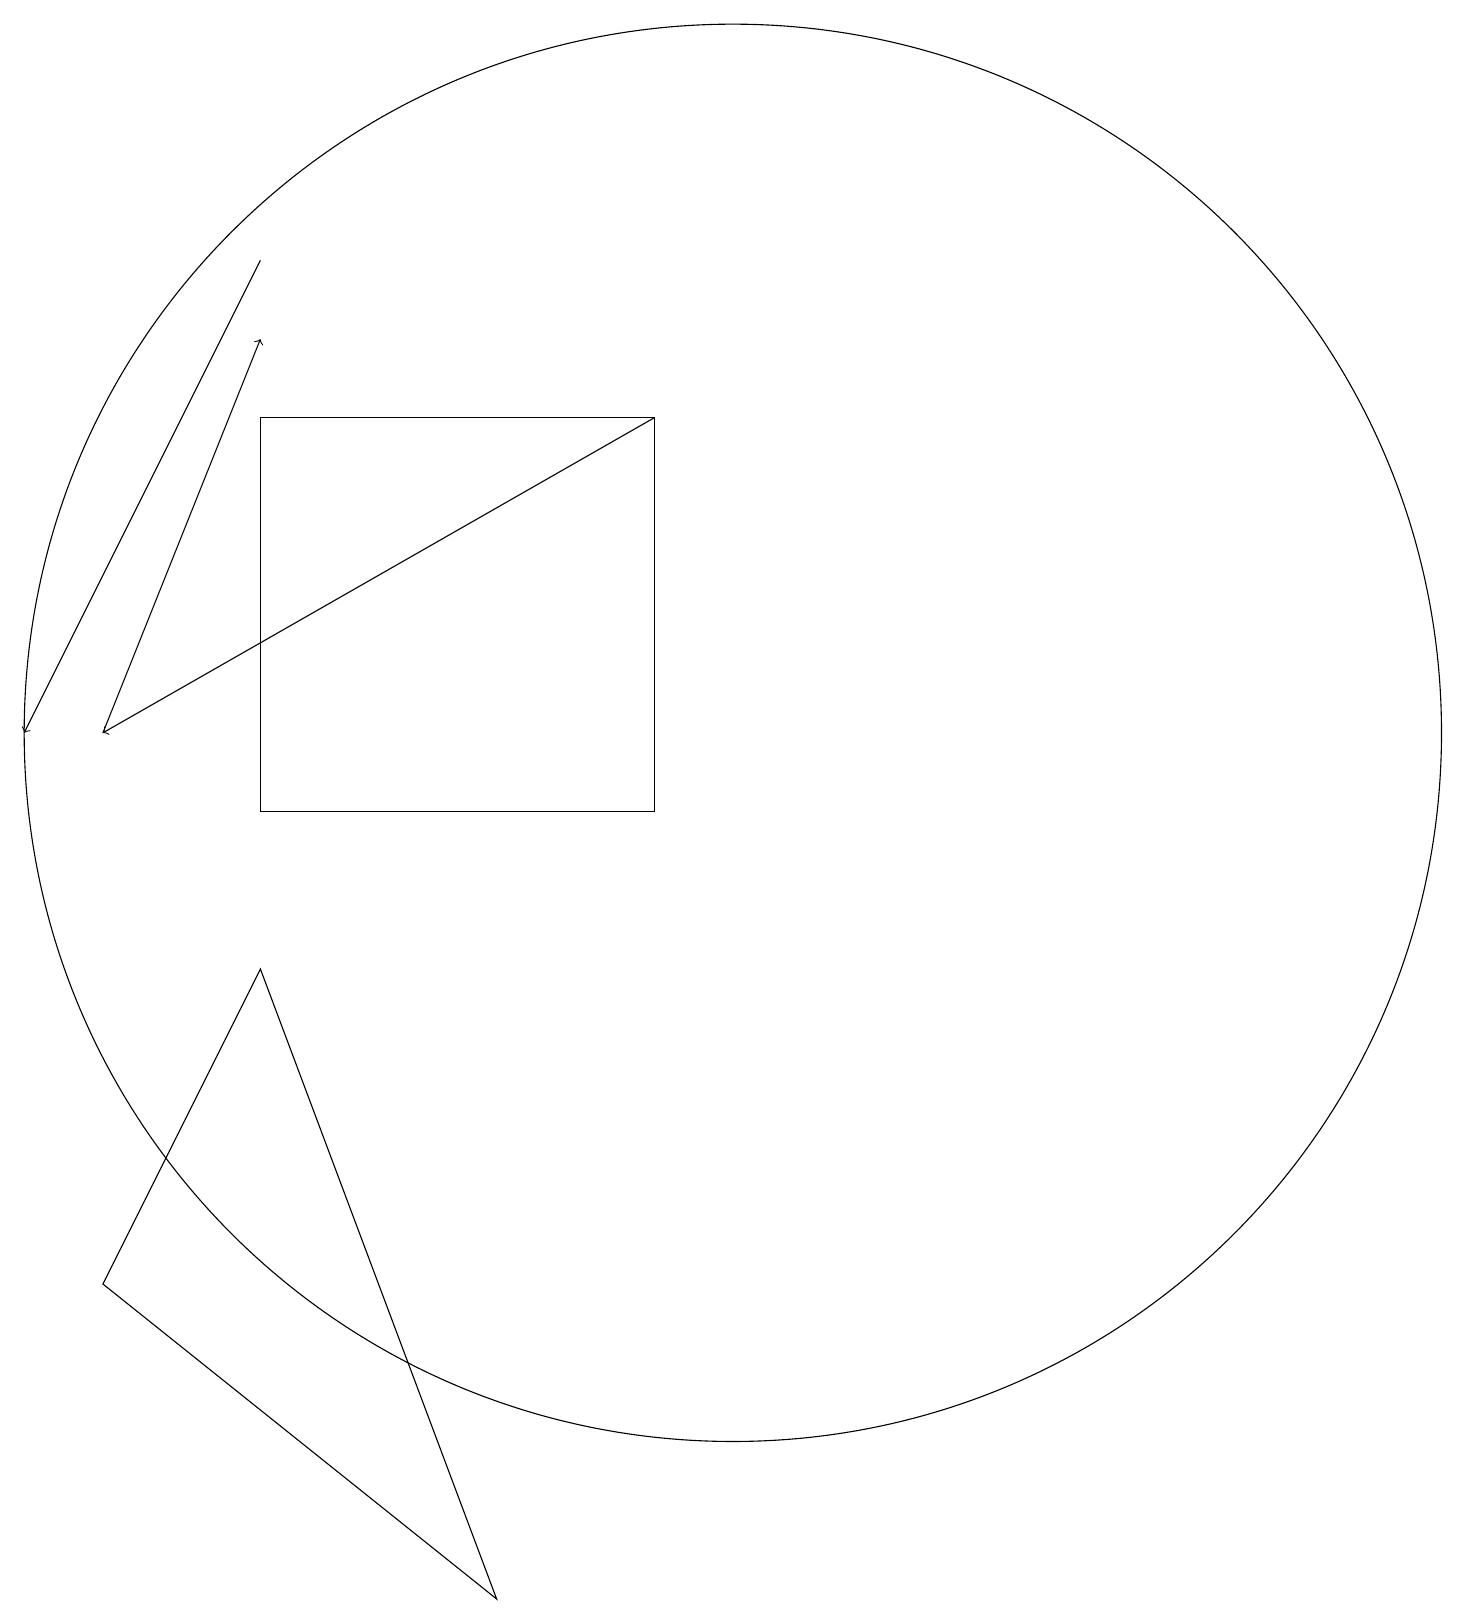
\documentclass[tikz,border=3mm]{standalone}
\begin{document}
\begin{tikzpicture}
\draw[->] (9,16) -- (2,12);
\draw[->] (4,18) -- (1,12);
\draw[->] (2,12) -- (4,17);
\draw (4,9) -- (7,1) -- (2,5) -- cycle;
\draw (10,12) circle (9);
\draw (4,16) rectangle (9,11);
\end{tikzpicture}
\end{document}